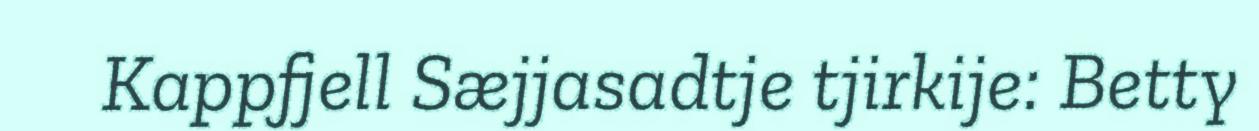
Kappfjell Sæjjasadtje tjirkije: Betty